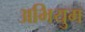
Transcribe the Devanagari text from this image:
अभियुम